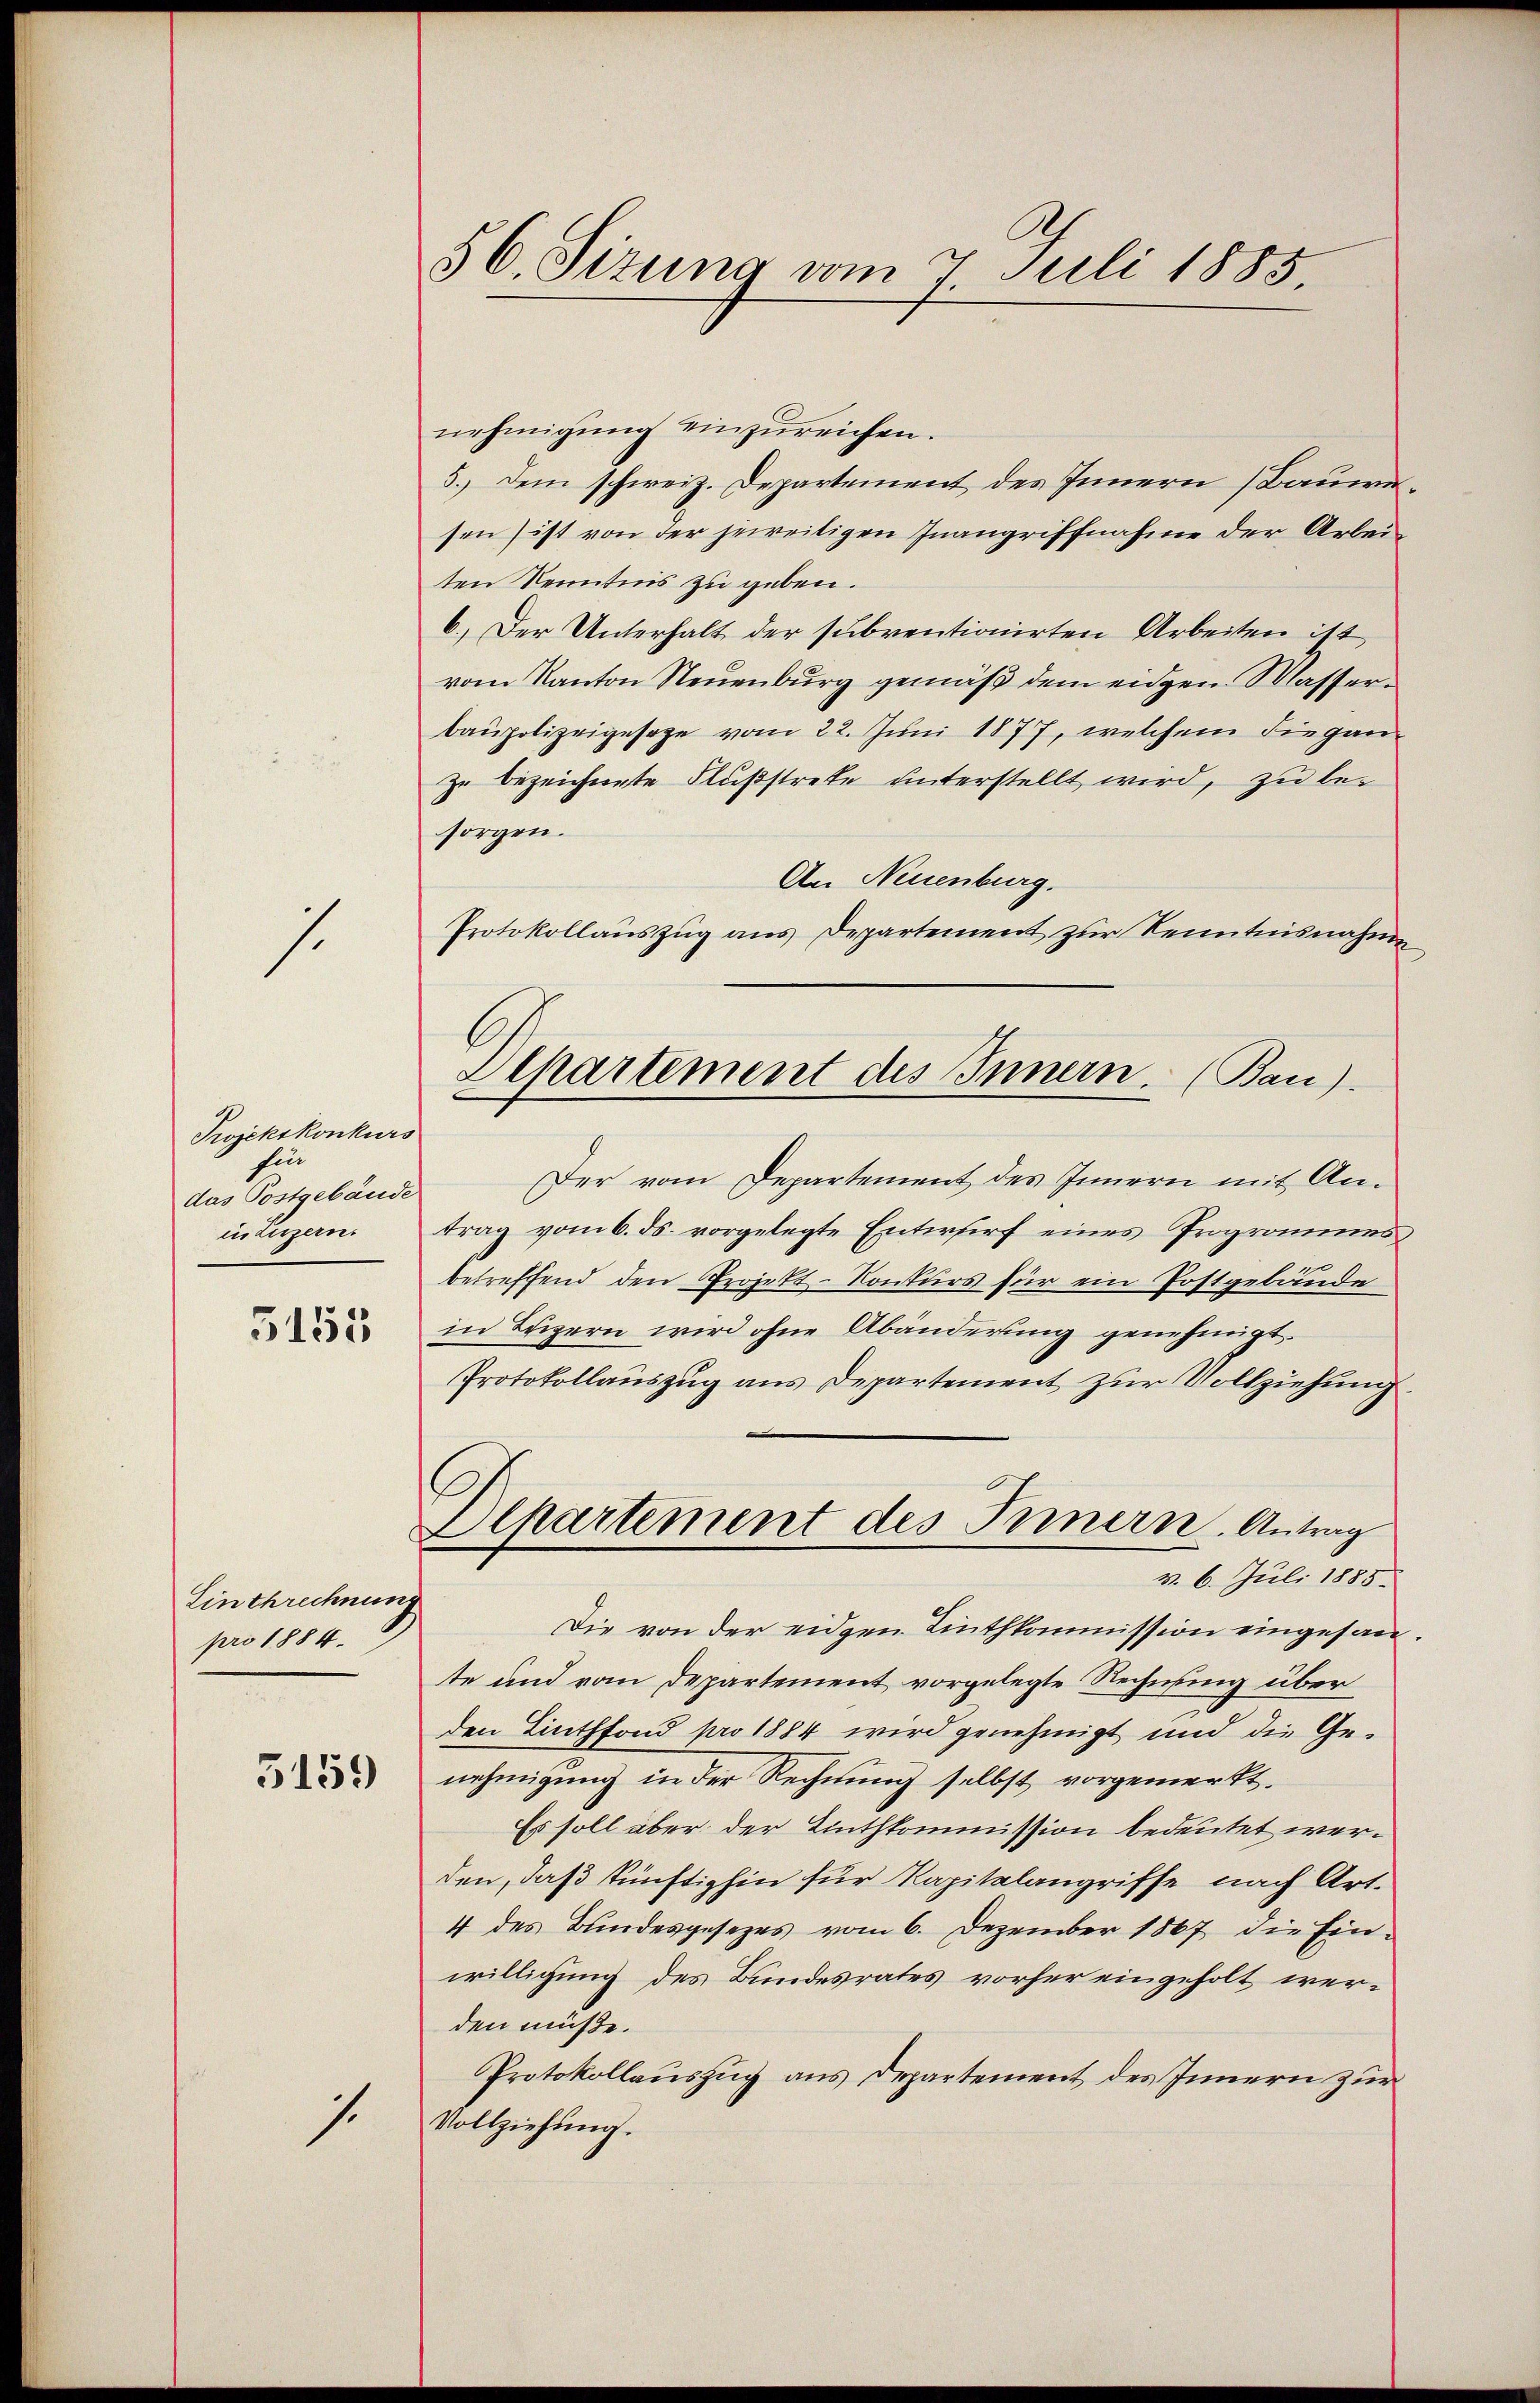
1.

Projekskonkurs
hin
das Postgebäude
in Luzern.

5155

Linthrechnung
pro 1884.

5159

7.

56. Sizung vom 7 Juli 1885.

Alpartement des Innern. (Bau).

nehmigung einzureichen.
5.) Dem schweiz. Departement des Innern Bauwesen ist von der jeweitigen Inangriffnahme der Arbeiten Kenntnis zu geben.
6.) Der Unterhalt der subventionirten Arbeiten ist
vom Kanton Neuenburg gemäß dem eidgen. Wasserbaupolizeigesage vom 22. Juni 1877, welchem die ganzu bezeichnete Flußstrete unterstellt wird, zu besorgen.
An Neuenburg.
Protokollaŭszŭg ans Departement zur Kenntnisnahme
Der vom Departement des Innern mit Antrag vom 6. ds. vorgelegte Entwurf eines Programmes
betreffend den Projekt-Konkurs für ein Postgebäude
in Luzern wird ohne Abänderung genehmigt.
Protokollauszug aus Departement zur Vollziehung.
Dehartement des Innern Antrag
v. 6. Juli 1885.
Die von der eidgen Linthkommission eingesante und vom Departement vorgelegte Rechnung über
den Linthfond pro 1884 wird genehmigt und die Genehmigung in der Rechnung selbst vorgemerkt.
Es soll aber der Linthkommission bedeutet werden, daß künftighin für Kapitalangriffe nach Art.
4 des Bundesgesezes vom 6. Dezember 1867 die Einwilligung des Bundesrates vorher eingeholt werden müße.
Protokollauszug aus Departement des Innern zur
Vollziehung.